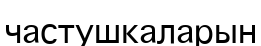
частушкаларын